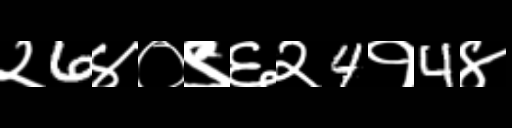
Text: २6४०९६२4१4४